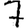
Digit: 7